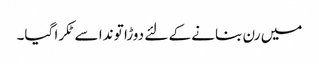
میں رن بنانے کے لئے دوڑا تو ندا سے ٹکرا گیا۔